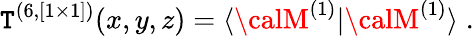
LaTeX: {\cal\mathtt{T}}^{(6,[1\times1])}(x,y,z)=\langle{\calM}^{(1)}|{\calM}^{(1)}\rangle\; .